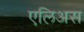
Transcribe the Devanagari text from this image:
एलिअस